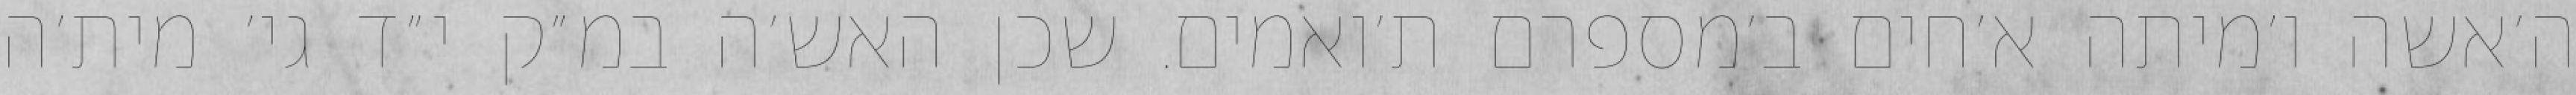
ה׳אשה ו׳מיתה א׳חים ב׳מספרם ת׳ואמים. שכן האש׳ה במ״ק י״ד גי׳ מית׳ה